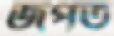
জপত